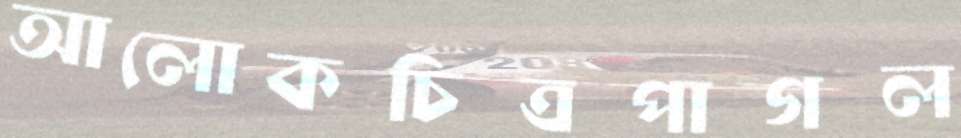
আলোকচিত্রপাগল